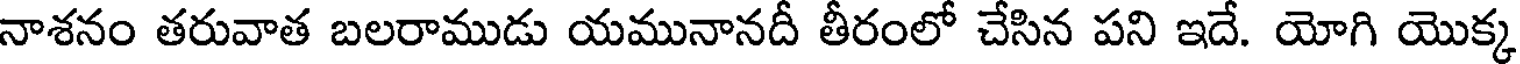
నాశనం తరువాత బలరాముడు యమునానదీ తీరంలో చేసిన పని ఇదే. యోగి యొక్క